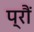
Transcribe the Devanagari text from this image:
प्रौं